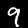
Label: 9